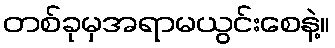
တစ်ခုမှအရာမယွင်းစေနဲ့။